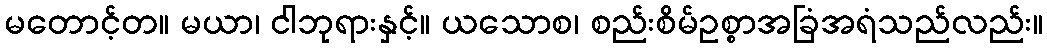
မတောင့်တ။ မယာ၊ ငါဘုရားနှင့်။ ယသောစ၊ စည်းစိမ်ဥစ္စာအခြံအရံသည်လည်း။